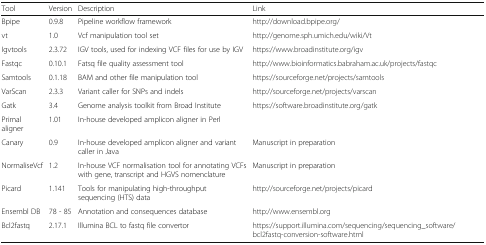
<table><thead><tr><td><b>Tool</b></td><td><b>Version</b></td><td><b>Description</b></td><td><b>Link</b></td></tr></thead><tbody><tr><td>Bpipe</td><td>0.9.8</td><td>Pipeline workflow framework</td><td>http://download.bpipe.org/</td></tr><tr><td>vt</td><td>1.0</td><td>Vcf manipulation tool set</td><td>http://genome.sph.umich.edu/wiki/Vt</td></tr><tr><td>Igvtools</td><td>2.3.72</td><td>IGV tools, used for indexing VCF files for use by IGV</td><td>https://www.broadinstitute.org/igv</td></tr><tr><td>Fastqc</td><td>0.10.1</td><td>Fatsq file quality assessment tool</td><td>http://www.bioinformatics.babraham.ac.uk/projects/fastqc</td></tr><tr><td>Samtools</td><td>0.1.18</td><td>BAM and other file manipulation tool</td><td>https://sourceforge.net/projects/samtools</td></tr><tr><td>VarScan</td><td>2.3.3</td><td>Variant caller for SNPs and indels</td><td>http://sourceforge.net/projects/varscan</td></tr><tr><td>Gatk</td><td>3.4</td><td>Genome analysis toolkit from Broad Institute</td><td>https://software.broadinstitute.org/gatk</td></tr><tr><td>Primal aligner</td><td>1.01</td><td>In-house developed amplicon aligner in Perl</td><td></td></tr><tr><td>Canary</td><td>0.9</td><td>In-house developed amplicon aligner and variant caller in Java</td><td>Manuscript in preparation</td></tr><tr><td>NormaliseVcf</td><td>1.2</td><td>In-house VCF normalisation tool for annotating VCFs with gene, transcript and HGVS nomenclature</td><td>Manuscript in preparation</td></tr><tr><td>Picard</td><td>1.141</td><td>Tools for manipulating high-throughput sequencing (HTS) data</td><td>http://sourceforge.net/projects/picard</td></tr><tr><td>Ensembl DB</td><td>78 - 85</td><td>Annotation and consequences database</td><td>http://www.ensembl.org</td></tr><tr><td>Bcl2fastq</td><td>2.17.1</td><td>Illumina BCL to fastq file convertor</td><td>https://support.illumina.com/sequencing/sequencing_software/bcl2fastq-conversion-software.html</td></tr></tbody></table>